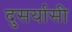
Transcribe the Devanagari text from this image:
दुसर्यासी